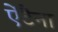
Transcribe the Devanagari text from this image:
ऐंटैना